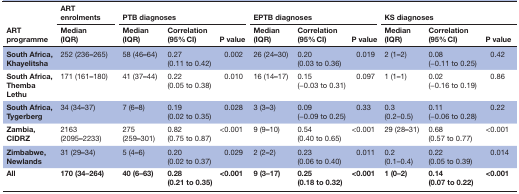
<table><thead><tr><td rowspan="2"><b>ART programme</b></td><td><b>ART enrolments</b></td><td colspan="3"><b>PTB diagnoses</b></td><td colspan="3"><b>EPTB diagnoses</b></td><td colspan="3"><b>KS diagnoses</b></td></tr><tr><td><b>Median (IQR)</b></td><td><b>Median (IQR)</b></td><td><b>Correlation (95% CI)</b></td><td><b>P value</b></td><td><b>Median (IQR)</b></td><td><b>Correlation (95% CI)</b></td><td><b>P value</b></td><td><b>Median (IQR)</b></td><td><b>Correlation (95% CI)</b></td><td><b>P value</b></td></tr></thead><tbody><tr><td><b>South Africa, Khayelitsha</b></td><td>252 (236<b>–</b>265)</td><td>58 (46<b>–</b>64)</td><td>0.27 (0.11 to 0.42)</td><td>0.002</td><td>26 (24<b>–</b>30)</td><td>0.20 (0.03 to 0.36)</td><td>0.019</td><td>2 (1<b>–</b>2)</td><td>0.08 (−0.11 to 0.25)</td><td>0.42</td></tr><tr><td><b>South Africa, Themba Lethu</b></td><td>171 (161<b>–</b>180)</td><td>41 (37<b>–</b>44)</td><td>0.22 (0.05 to 0.38)</td><td>0.010</td><td>16 (14<b>–</b>17)</td><td>0.15 (−0.03 to 0.31)</td><td>0.097</td><td>1 (1<b>–</b>1)</td><td>0.02 (−0.16 to 0.19)</td><td>0.86</td></tr><tr><td><b>South Africa, Tygerberg</b></td><td>34 (34<b>–</b>37)</td><td>7 (6<b>–</b>8)</td><td>0.19 (0.02 to 0.35)</td><td>0.028</td><td>3 (3<b>–</b>3)</td><td>0.09 (−0.09 to 0.25)</td><td>0.33</td><td>0.3 (0.2–0.5)</td><td>0.11 (−0.06 to 0.28)</td><td>0.22</td></tr><tr><td><b>Zambia, CIDRZ</b></td><td>2163 (2095<b>–</b>2233)</td><td>275 (259<b>–</b>301)</td><td>0.82 (0.75 to 0.87)</td><td>&lt;0.001</td><td>9 (9<b>–</b>10)</td><td>0.54 (0.40 to 0.65)</td><td>&lt;0.001</td><td>29 (28<b>–</b>31)</td><td>0.68 (0.57 to 0.77)</td><td>&lt;0.001</td></tr><tr><td><b>Zimbabwe, Newlands</b></td><td>31 (29<b>–</b>34)</td><td>5 (4<b>–</b>6)</td><td>0.20 (0.02 to 0.37)</td><td>0.029</td><td>2 (2<b>–</b>2)</td><td>0.23 (0.06 to 0.40)</td><td>0.011</td><td>0.2 (0.1–0.4)</td><td>0.22 (0.05 to 0.39)</td><td>0.014</td></tr><tr><td><b>All</b></td><td><b>170 (34–264)</b></td><td><b>40 (6<b>–</b>63)</b></td><td><b>0.28 (0.21 to 0.35)</b></td><td><b>&lt;0.001</b></td><td><b>9 (3<b>–</b>17)</b></td><td><b>0.25 (0.18 to 0.32)</b></td><td><b>&lt;0.001</b></td><td><b>1 (0–2)</b></td><td><b>0.14 (0.07 to 0.22)</b></td><td><b>&lt;0.001</b></td></tr></tbody></table>